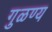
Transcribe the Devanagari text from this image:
गुळण्य